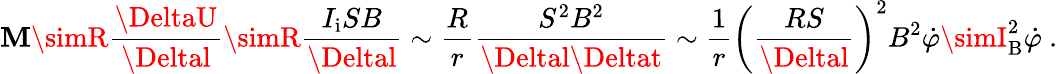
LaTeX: \mathbf{M}\simR\frac{{\DeltaU}}{{\Deltal}}\simR\frac{{I_{\mathrm{{i}}}SB}}{{\Deltal}}\sim\frac{{R}}{{r}}\frac{{S^{2}B^{2}}}{{\Deltal\Deltat}}\sim\frac{{1}}{{r}}\bigg(\frac{{RS}}{{\Deltal}}\bigg)^{2}B^{2}\dot{{\varphi}}\simI_{\mathrm{{B}}}^{2}\dot{{\varphi}}~.